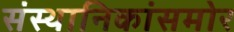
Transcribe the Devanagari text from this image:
संस्थानिकांसमोर